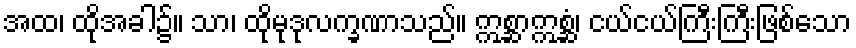
အထ၊ ထိုအခါ၌။ သာ၊ ထိုမုဒုလက္ခဏာသည်။ ဣစ္ဆာဣစ္ဆံ၊ ငယ်ငယ်ကြီးကြီးဖြစ်သော